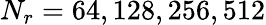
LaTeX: N_{r}=64,128,256,512